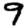
Digit: 9